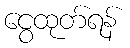
ငွေထုတ်ရန်